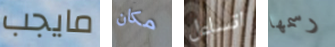
مايجب مكان اتساءل رسمها